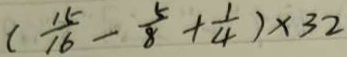
( \frac { 1 5 } { 1 6 } - \frac { 5 } { 8 } + \frac { 1 } { 4 } ) \times 3 2